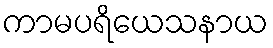
ကာမပရိယေသနာယ